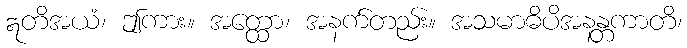
ဣတိအယံ၊ ဤကား။ အတ္ထော၊ အနက်တည်း။ အသမာဓိပိအနန္တကာတိ၊